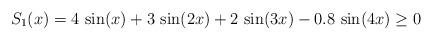
LaTeX: \begin{align*} S_1(x) = 4\,\sin(x) + 3\,\sin(2x) + 2\,\sin(3x) - 0.8\,\sin(4x) \geq 0 \end{align*}